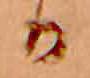
か